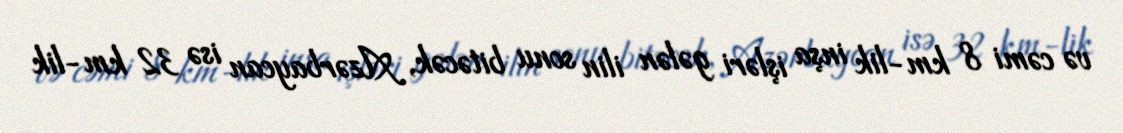
və cəmi 8 km-lik inşa işləri gələn ilin sonu bitəcək, Azərbaycan isə 32 km-lik